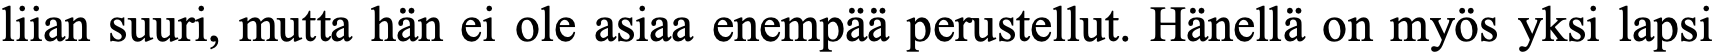
liian suuri, mutta hän ei ole asiaa enempää perustellut. Hänellä on myös yksi lapsi